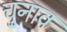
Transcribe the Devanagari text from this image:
चु्नाव